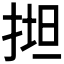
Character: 𢯟